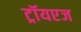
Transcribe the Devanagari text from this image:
ट्रॉयएज